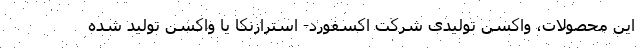
این محصولات، واکسن تولیدی شرکت اکسفورد- استرازنکا یا واکسن تولید شده